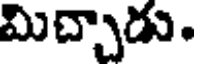
మిచ్చాడు.